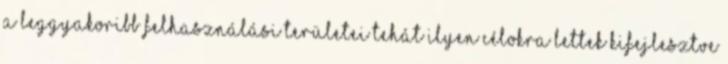
a leggyakoribb felhasználási területei tehát ilyen célokra lettek kifejlesztve